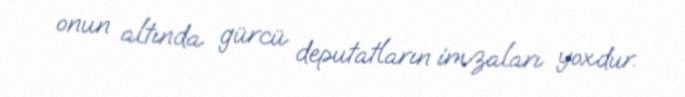
onun altında gürcü deputatların imzaları yoxdur.